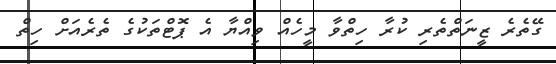
ގޭތެރެ ޒީނަތްތެރި ކުރާ ހިތްވާ މީހެއް ވިއްޔާ އެ ޕޮޓްތަކުގެ ތެރެއަށް ހިތް